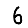
Digit: 6